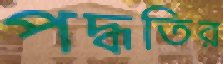
পদ্ধতির